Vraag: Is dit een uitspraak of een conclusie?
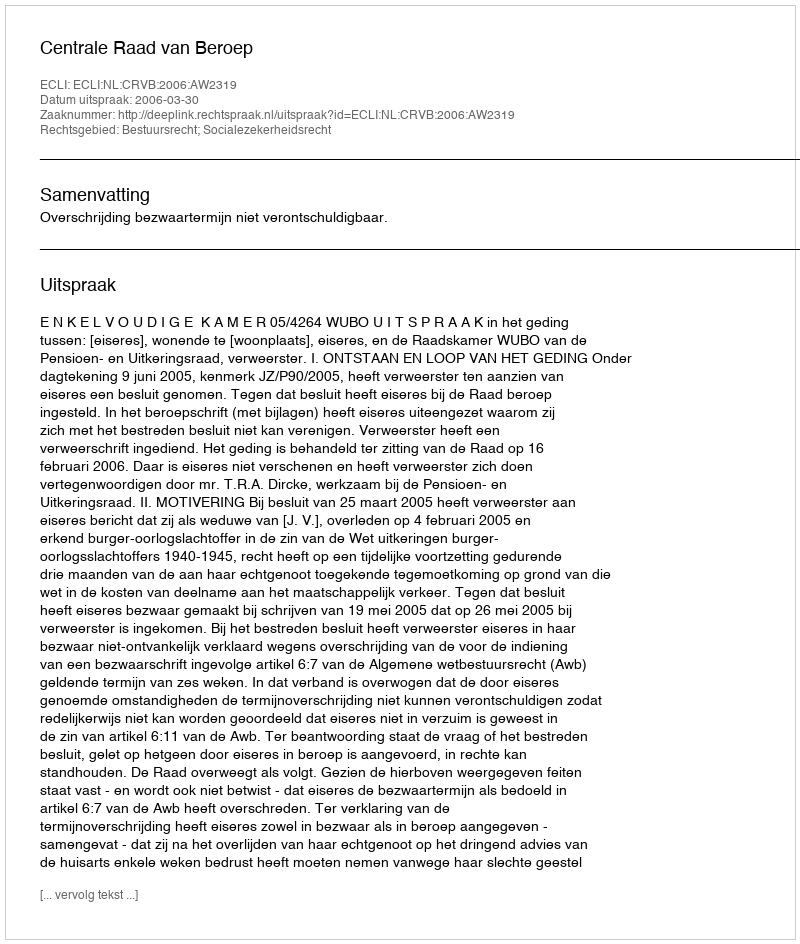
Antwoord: Uitspraak